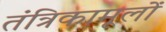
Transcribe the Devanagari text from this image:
तंत्रिकामूलों